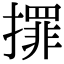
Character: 𢶀